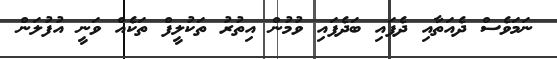
ނަމަވެސް ދެއަތާއި ދެފައި ބަދެފައި ވުމުން އިތުރު ތަކުލީފް ތަކެއް ވަނީ އުފުލަން